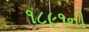
૧૮૯૧ની